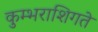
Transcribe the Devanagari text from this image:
कुम्भराशिगते